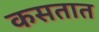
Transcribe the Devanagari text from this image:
कसतात